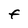
Character: F